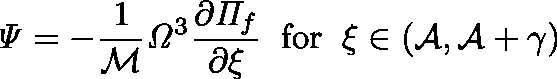
\mathit { \Psi } = - \frac { 1 } { \mathcal { M } } \mathit { \Omega } ^ { 3 } \frac { \partial \mathit { \Pi } _ { f } } { \partial \xi } \; \; \mathrm { f o r } \; \; \xi \in \left( \mathcal { A } , \mathcal { A } + \gamma \right)